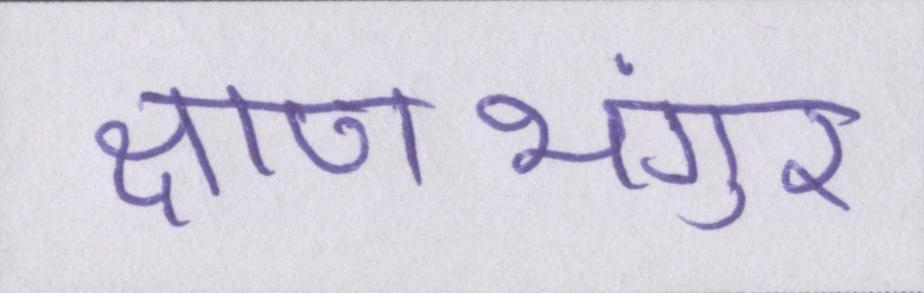
क्षणभंगुर